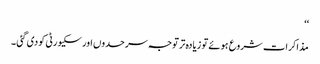
‘‘
مذاکرات شروع ہوئے تو زیادہ تر توجہ سرحدوں اور سکیورٹی کو دی گئی ۔